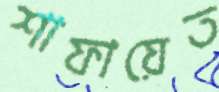
শাফায়েত